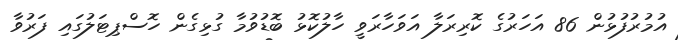
އުމުރުފުޅުން 86 އަހަރުގެ ކޮރިރަލާ އަވަހާރަވީ ހާލުކޮޅު ބޮޑުވުމާ ގުޅިގެން ހޮސްޕިޓަލުގައި ފަރުވާ